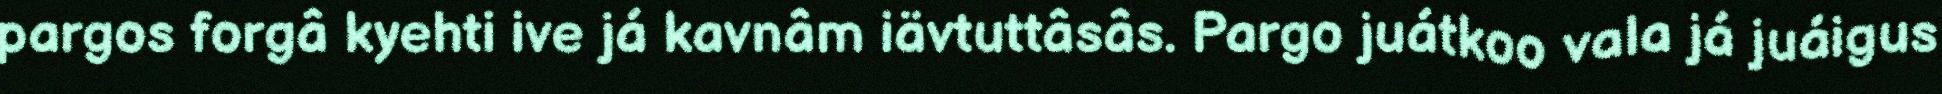
pargos forgâ kyehti ive já kavnâm iävtuttâsâs. Pargo juátkoo vala já juáigus